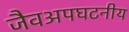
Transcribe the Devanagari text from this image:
जैवअपघटनीय